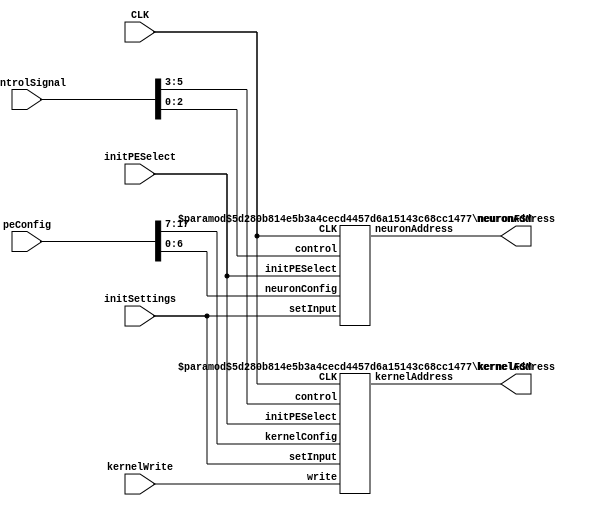
`timescale 1ns / 1ps
/*
 * Local controller within each PE
 *
 * Ports
 */
/*
 * Use INCR for loading
 */
module LocalStoreController #(parameter 
        depth = 2,
        A = 7,
        D = (1<<depth),
        W = 16
    )(
        input wire [5:0] controlSignal,
        input wire [2*depth+2*A-1:0] peConfig,
        input wire initPESelect,
        input wire [depth-1:0] initSettings,
        input wire kernelWrite,
        output wire [A-1:0] kernelAddress,
        output wire [A-1:0] neuronAddress,
        input wire CLK
    );

    wire [2*depth+A-1:0] kernelConfig;
    wire [A-1:0] neuronConfig;
        assign {kernelConfig, neuronConfig} = peConfig;

    wire [2:0] kernelControl, neuronControl;
        assign {kernelControl, neuronControl} = controlSignal;
    
    kernelFSM #(.depth(depth),.A(A)) kernelStoreController(
        .control(kernelControl),
        .initPESelect(initPESelect),
        .kernelConfig(kernelConfig),
        .kernelAddress(kernelAddress),
        .write(kernelWrite),
        .setInput(initSettings),
        .CLK(CLK)
    );

    neuronFSM #(.depth(depth),.A(A)) neuronStoreController(
        .control(neuronControl),
        .initPESelect(initPESelect),
        .neuronConfig(neuronConfig),
        .neuronAddress(neuronAddress),
        .setInput(initSettings),
        .CLK(CLK)
    );

endmodule


module kernelFSM #(parameter    
        depth = 2,
        D = 1<<depth,
        A = 7
    )(
        input wire [2:0] control,
        input wire initPESelect,
        input wire [depth*2+A-1:0] kernelConfig,
        input wire [depth-1:0] setInput,
        input wire write,
        output wire[A-1:0] kernelAddress,
        input wire CLK
    );
parameter INIT = 3'b000;
parameter HOLD = 3'b001;
parameter INCR = 3'b010;
parameter JUMP = 3'b011;

parameter SET_K_ROW_OFST = 3'b100 ;
parameter SET_K_COL_OFST = 3'b101 ;
parameter SET_N_ROW_OFST = 3'b110 ;
parameter SET_N_COL_OFST = 3'b111 ;

    wire [depth-1:0] Tc, Tr;
    wire [A-1:0] kernelStep;
    assign {Tc,Tr,kernelStep} = kernelConfig;

    reg [A-1:0] row, col;
    reg [depth-1:0] rowOffset, columnOffset;

    initial begin
        row = 0;
        col = 0;
        rowOffset = 0;
        columnOffset=0;
    end

    assign kernelAddress = (row+rowOffset)*kernelStep+col+columnOffset;

    always @(negedge CLK) begin
        case (control)
            INIT    : begin
                    row = 0;
                    col = 0;
                end
            HOLD    : begin
                    // row = row;
                    col = col;
                end
            INCR    : begin
                    // row = row;
                    if (write) begin
                        col = col + 1;
                    end else begin
                        col = col + Tc;
                    end
                end
            JUMP    : begin
                    row = row + Tr;
                    col = 0;
                end
            SET_K_ROW_OFST  : begin
                    if (initPESelect) begin
                        rowOffset = setInput;                        
                    end
                end
            SET_K_COL_OFST  : begin
                    if (initPESelect) begin
                        columnOffset =setInput;                        
                    end
                end
        endcase
    end
endmodule

module neuronFSM #( parameter
        depth = 2,
        A = 7
    )(
        input wire [2:0] control,
        input wire initPESelect,
        input wire [A-1:0] neuronConfig,
        input wire [depth-1:0] setInput,
        output wire[A-1:0] neuronAddress,
        input wire CLK
    );
parameter INIT = 3'b000;
parameter HOLD = 3'b001;
parameter INCR = 3'b010;
parameter JUMP = 3'b011;

parameter SET_K_ROW_OFST = 3'b100 ;
parameter SET_K_COL_OFST = 3'b101 ;
parameter SET_N_ROW_OFST = 3'b110 ;
parameter SET_N_COL_OFST = 3'b111 ;    

    wire [A-1:0] nStep = neuronConfig;

    reg [A-1:0] row, col;
    reg [depth-1:0] rowOffset, columnOffset;

    initial begin
        row = 0;
        col = 0;
        rowOffset = 0;
        columnOffset = 0;
    end

    assign neuronAddress = (row+rowOffset)*nStep+col+columnOffset;

    always @(negedge CLK) begin
        case (control)
            INIT    : begin
                    row = 0;
                    col = 0;
                end
            HOLD    : begin
                    // row = row;
                    col = col;
                end
            INCR    : begin
                    // row = row;
                    col = col + 1;
                end
            JUMP    : begin
                    row = row + 1;
                    col = 0;
                end
            SET_N_ROW_OFST  : begin
                    if (initPESelect) begin
                       rowOffset = setInput; 
                    end
                end
            SET_N_COL_OFST  : begin
                    if (initPESelect) begin
                        columnOffset = setInput;                        
                    end
                end
        endcase
    end

endmodule